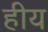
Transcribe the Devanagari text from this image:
हीय